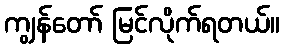
ကျွန်တော် မြင်လိုက်ရတယ်။